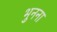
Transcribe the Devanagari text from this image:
भुनना